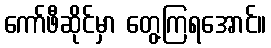
ကော်ဖီဆိုင်မှာ တွေ့ကြရအောင်။